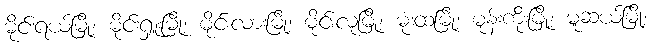
မိုင်းရယ်မြို့၊ မိုင်းရှူးမြို့၊ မိုင်းလားမြို့၊ မိုင်းလုံမြို့၊ မုံးထမြို့၊ မုန်းကိုးမြို့၊ မူဆယ်မြို့၊